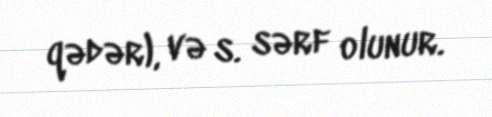
qədər), və s. sərf olunur.